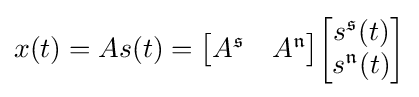
x(t)=As(t)={\begin{bmatrix}A^{\mathfrak {s}}&A^{\mathfrak {n}}\end{bmatrix}}{\begin{bmatrix}s^{\mathfrak {s}}(t)\\s^{\mathfrak {n}}(t)\\\end{bmatrix}}